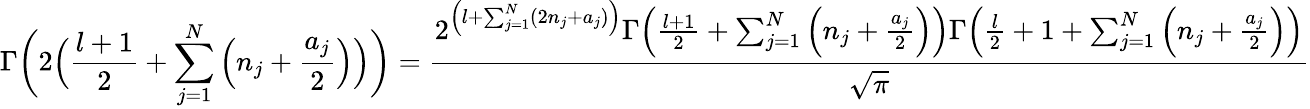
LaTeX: \Gamma\bigg(2\Big(\frac{l+1}{2}+\sum_{j=1}^{N}\Big(n_{j}+\frac{a_{j}}{2}\Big)\Big)\bigg)=\frac{2^{\Big(l+\sum_{j=1}^{N}(2n_{j}+a_{j})\Big)}\Gamma\Big(\frac{l+1}{2}+\sum_{j=1}^{N}\Big(n_{j}+\frac{a_{j}}{2}\Big)\Big)\Gamma\Big(\frac{l}{2}+1+\sum_{j=1}^{N}\Big(n_{j}+\frac{a_{j}}{2}\Big)\Big)}{\sqrt{\pi}}